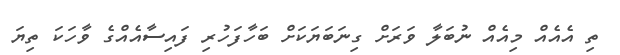
ތި އެއެއް މިއެއް ނުބަލާ ވަރަށް ގިނަބަޔަކަށް ބަހާފަހުރި ފައިސާއެއްގެ ވާހަކަ ތިޔަ